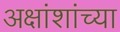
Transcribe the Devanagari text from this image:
अक्षांशांच्या